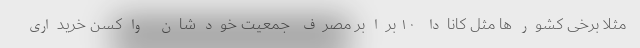
مثلا برخی کشورها مثل کانادا ۱۰ برابر مصرف جمعیت خودشان واکسن خریداری